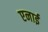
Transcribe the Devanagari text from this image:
एनाई